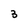
Character: 3